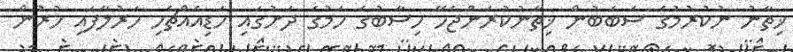
ޚިތާނު ނުކުރުމުގެ ސަބަބުން ޚިތާނުކުރަންޖެހޭ ހިސާބުގެ ހަމުގެ ދަށުގައި ހަޑިއެއްޗެހި ހަރުލާފައި ހުރުން